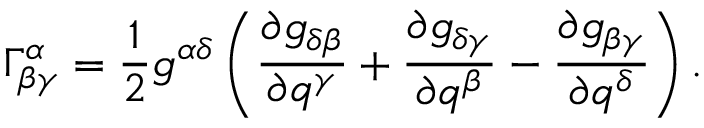
\Gamma _ { \beta \gamma } ^ { \alpha } = \frac 1 2 g ^ { \alpha \delta } \left( \frac { \partial g _ { \delta \beta } } { \partial q ^ { \gamma } } + \frac { \partial g _ { \delta \gamma } } { \partial q ^ { \beta } } - \frac { \partial g _ { \beta \gamma } } { \partial q ^ { \delta } } \right) .